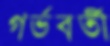
গর্ভবর্তী